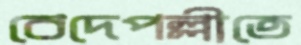
বেদেপল্লীতে